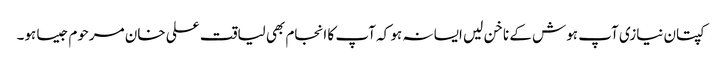
کپتان نیازی آپ ہوش کے ناخن لیں ایسا نہ ہو کہ آپ کا انجام بھی لیاقت علی خان مرحوم جیسا ہو۔